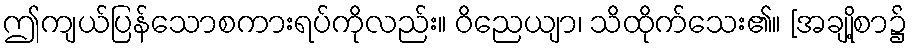
ဤကျယ်ပြန်သောစကားရပ်ကိုလည်း။ ဝိညေယျာ၊ သိထိုက်သေး၏။ [အချို့စာ၌